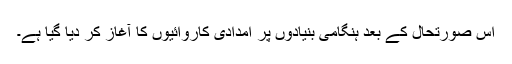
اس صورتحال کے بعد ہنگامی بنیادوں پر امدادی کاروائیوں کا آغاز کر دیا گیا ہے۔